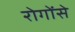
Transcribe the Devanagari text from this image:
रोगोंसे